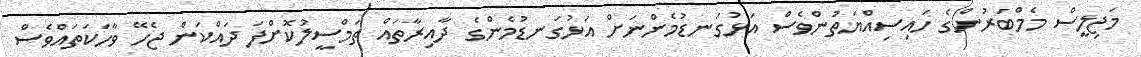
މަޖިލީސް މެމްބަރުންގެ ހައިސިއްޔަތުންވެސް އަޅުގަނޑުމެންނަށް އަޅުގަނޑުމެންގެ ދާއިރާތައް ތަމްސީލުކޮށްފަ ދައްކަން ޖެހޭ ވާހަކަތައްވެސް